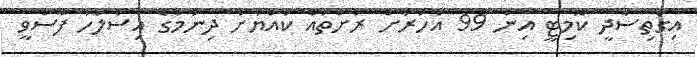
އިގްތިސާދީ ކޮމިޓީ އިން 99 އަހަރަށް ރަށްތައް ކުއްޔަށް ދިނުމުގެ އިސްލާހު ފާސްވީ